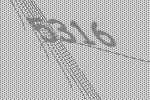
5316